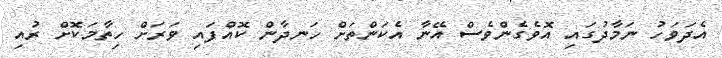
އެދަވަހު ނަމާދުގައި އޮވެގެންވެސް އޭނާ އެކަންތަށް ހަނދާން ކޮއްފައި ވަރަށް ހިތާމަކޮށް ރުއި